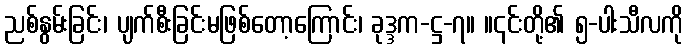
ညစ်နွမ်းခြင်း၊ ပျက်စီးခြင်းမဖြစ်တော့ကြောင်း၊ ခုဒ္ဒက-ဋ္ဌ-၇။ ။၎င်းတို့၏ ၅-ပါးသီလကို